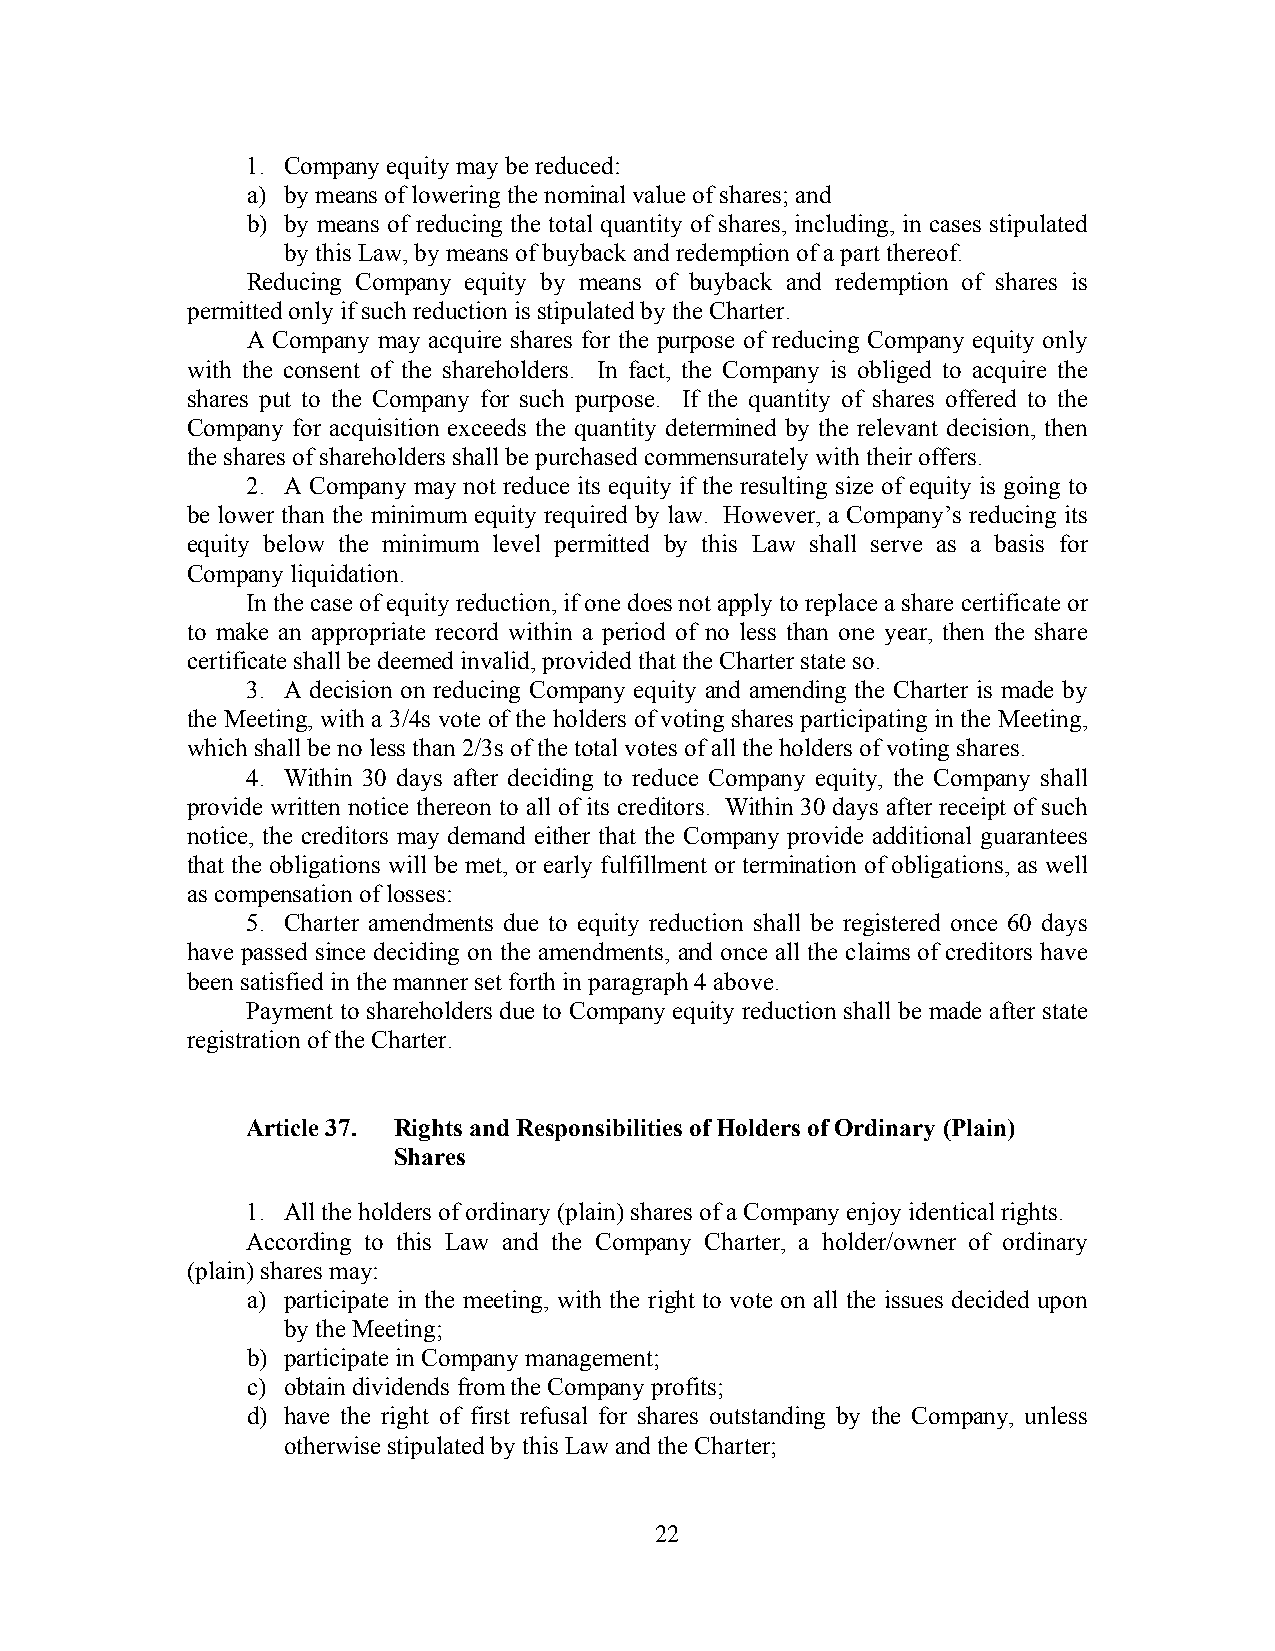
1. Company equity may be reduced:
 a) by means of lowering the nominal value of shares; and
 b) by means of reducing the total quantity of shares, including, in cases stipulated
 by this Law, by means of buyback and redemption of a part thereof.
 Reducing Company equity by means of buyback and redemption of shares is
 permitted only if such reduction is stipulated by the Charter.
 A Company may acquire shares for the purpose of reducing Company equity only
 with the consent of the shareholders. In fact, the Company is obliged to acquire the
 shares put to the Company for such purpose. If the quantity of shares offered to the
 Company for acquisition exceeds the quantity determined by the relevant decision, then
 the shares of shareholders shall be purchased commensurately with their offers.
 2. A Company may not reduce its equity if the resulting size of equity is going to
 be lower than the minimum equity required by law. However, a Company’s reducing its
 equity below the minimum level permitted by this Law shall serve as a basis for
 Company liquidation.
 In the case of equity reduction, if one does not apply to replace a share certificate or
 to make an appropriate record within a period of no less than one year, then the share
 certificate shall be deemed invalid, provided that the Charter state so.
 3. A decision on reducing Company equity and amending the Charter is made by
 the Meeting, with a 3/4s vote of the holders of voting shares participating in the Meeting,
 which shall be no less than 2/3s of the total votes of all the holders of voting shares.
 4. Within 30 days after deciding to reduce Company equity, the Company shall
 provide written notice thereon to all of its creditors. Within 30 days after receipt of such
 notice, the creditors may demand either that the Company provide additional guarantees
 that the obligations will be met, or early fulfillment or termination of obligations, as well
 as compensation of losses:
 5. Charter amendments due to equity reduction shall be registered once 60 days
 have passed since deciding on the amendments, and once all the claims of creditors have
 been satisfied in the manner set forth in paragraph 4 above.
 Payment to shareholders due to Company equity reduction shall be made after state
 registration of the Charter.
 Article 37. Rights and Responsibilities of Holders of Ordinary (Plain)
 Shares
 1. All the holders of ordinary (plain) shares of a Company enjoy identical rights.
 According to this Law and the Company Charter, a holder/owner of ordinary
 (plain) shares may:
 a) participate in the meeting, with the right to vote on all the issues decided upon
 by the Meeting;
 b) participate in Company management;
 c) obtain dividends from the Company profits;
 d) have the right of first refusal for shares outstanding by the Company, unless
 otherwise stipulated by this Law and the Charter;
 22